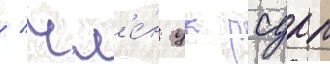
/ чл'е́н цк рсдрп